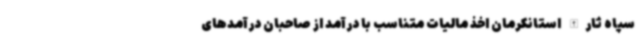
سپاه ثارالله استانکرمان اخذ مالیات متناسب با درآمد از صاحبان درآمدهای